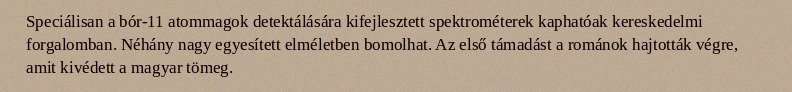
Speciálisan a bór-11 atommagok detektálására kifejlesztett spektrométerek kaphatóak kereskedelmi forgalomban. Néhány nagy egyesített elméletben bomolhat. Az első támadást a románok hajtották végre, amit kivédett a magyar tömeg.